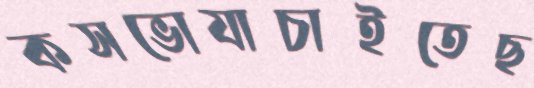
কসভোযাচাইতেছ